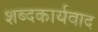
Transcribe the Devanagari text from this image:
शब्दकार्यवाद